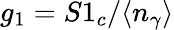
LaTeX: g_{1}=S1_{c}/\langle n_{\gamma}\rangle